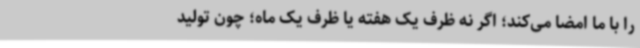
را با ما امضا می‌کند؛ اگر نه ظرف یک هفته یا ظرف یک ماه؛ چون تولید